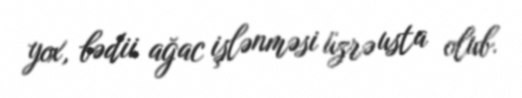
yox, bədii ağac işlənməsi üzrə usta olub.